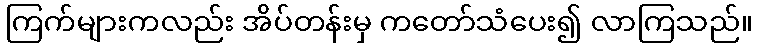
ကြက်များကလည်း အိပ်တန်းမှ ကတော်သံပေး၍ လာကြသည်။